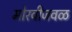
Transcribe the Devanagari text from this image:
मोरवीजवळ